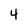
Character: 4